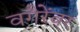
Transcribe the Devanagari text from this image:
वगैरेंवर